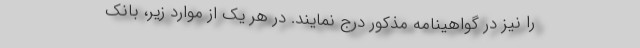
را نیز در گواهینامه مذکور درج نمایند. در هر یک از موارد زیر، بانک